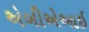
એબીએઆઇ